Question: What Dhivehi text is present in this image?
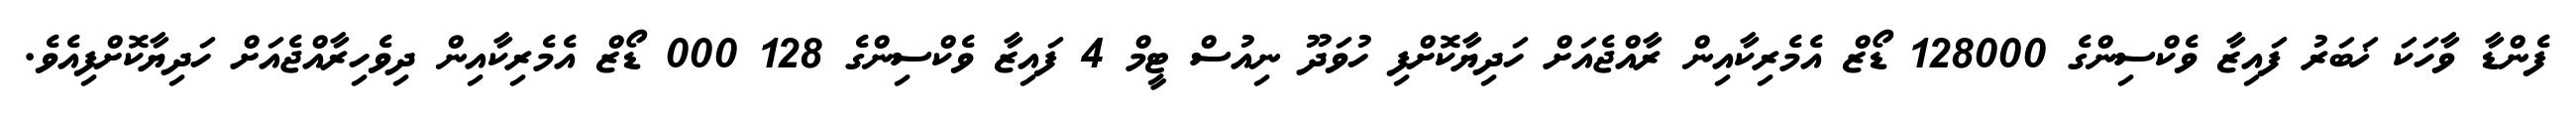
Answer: ފެންޑާ ވާހަކަ ޚަބަރު ފައިޒާ ވެކްސިންގެ 128000 ޑޯޒް އެމެރިކާއިން ރާއްޖެއަށް ހަދިޔާކޮށްފި ހުވަދޫ ނިއުސް ޓީމް 4 ފައިޒާ ވެކްސިންގެ 128 000 ޑޯޒް އެމެރިކާއިން ދިވެހިރާއްޖެއަށް ހަދިޔާކޮށްފިއެވެ.